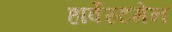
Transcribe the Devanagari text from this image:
हार्वेस्टमेन